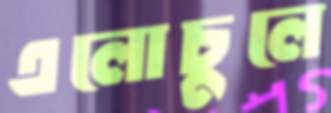
এলোচুলে